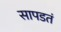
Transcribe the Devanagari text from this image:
सापडतं